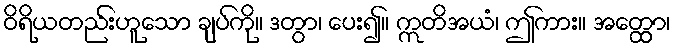
ဝိရိယတည်းဟူသော ချပ်ကို။ ဒတွာ၊ ပေး၍။ ဣတိအယံ၊ ဤကား။ အတ္ထော၊